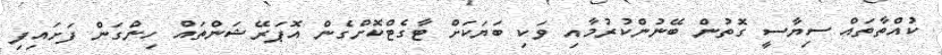
ކުއްތާތައް ސިޔާސީ ގޮތުން ބޭނުންކުރުމާއި ވަކި ބަޔަކަށް ޓާގެޓްކޮށްގެން އޮޕަރޭޝަންތައް ހިންގަން ފަށައިފި